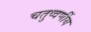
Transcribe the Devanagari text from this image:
चतुष्वर्णीय